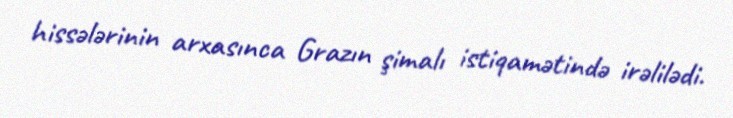
hissələrinin arxasınca Grazın şimalı istiqamətində irəlilədi.